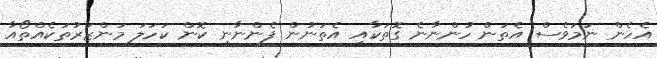
އެހެން ނަމަވެސް އެތަން ހުންނާނެ ގޮތަކާއި އެތަނުން ފެންނާނީ ކޮން ކަހަލަ މަންޒަރުތަކެއްތޯއާ